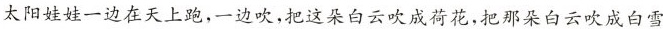
太阳娃娃一边在天上跑，一边吹，把这朵白云吹成荷花，把那朵白云吹成白雪